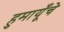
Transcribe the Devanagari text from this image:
हुमायूँचे